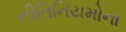
નીતિનિયમોના